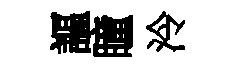
謳瞳泠